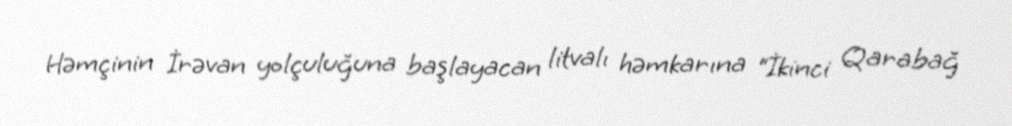
Həmçinin İrəvan yolçuluğuna başlayacan litvalı həmkarına “İkinci Qarabağ